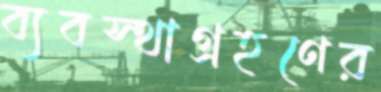
ব্যবস্থাগ্রহণের